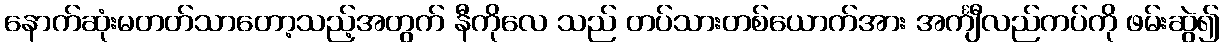
နောက်ဆုံးမတတ်သာတော့သည့်အတွက် နီကိုလေ သည် တပ်သားတစ်ယောက်အား အင်္ကျီလည်ကပ်ကို ဖမ်းဆွဲ၍